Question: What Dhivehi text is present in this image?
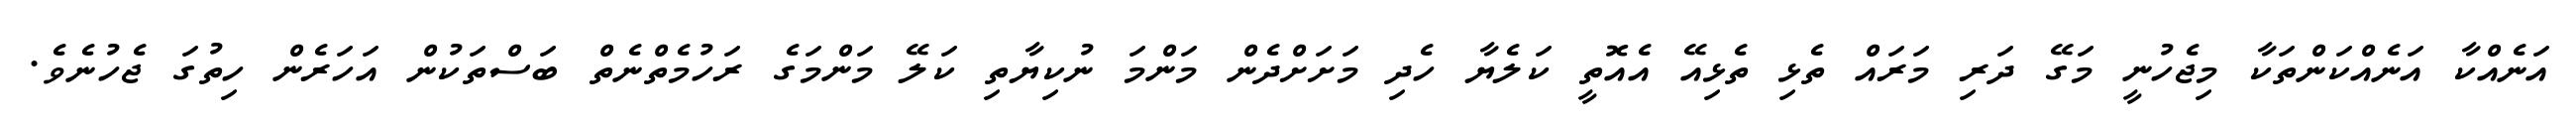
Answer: އަނެއްކާ އަނެއްކަންތަކާ މިޖެހުނީ މަގޭ ދަރި މަރައް ތެޅި ތެޅިއޭ އެއޮތީ ކަލެޔާ ހެދި މަށަށްދެން މަންމަ ނުކިޔާތި ކަލޭ މަންމަގެ ރަހުމެތްނެތް ބަސްތަކުން އަހަރެން ހިތުގަ ޖެހުނެވެ.